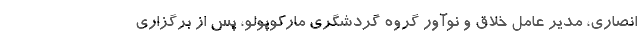
انصاری، مدیر عامل خلاق و نوآور گروه گردشگری مارکوپولو، پس از برگزاری